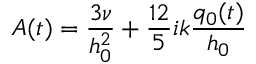
A ( t ) = \frac { 3 \nu } { h _ { 0 } ^ { 2 } } + \frac { 1 2 } { 5 } i k \frac { q _ { 0 } ( t ) } { h _ { 0 } }